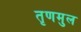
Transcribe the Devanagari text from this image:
तृणमुल